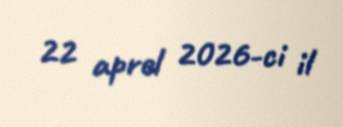
22 aprel 2026-ci il